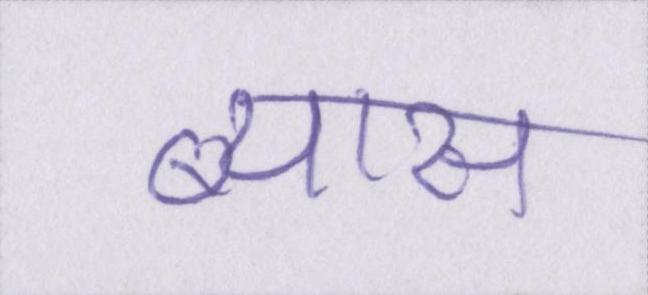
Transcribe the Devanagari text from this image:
ब्यास